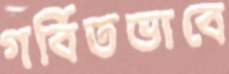
গর্বিতভাবে